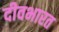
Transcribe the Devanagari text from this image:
दीवभारत